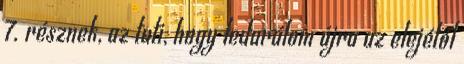
7. résznek, az tuti, hogy ledarálom újra az elejétől